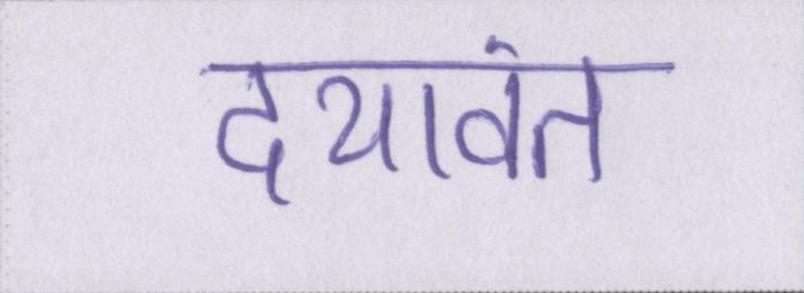
दयावंत